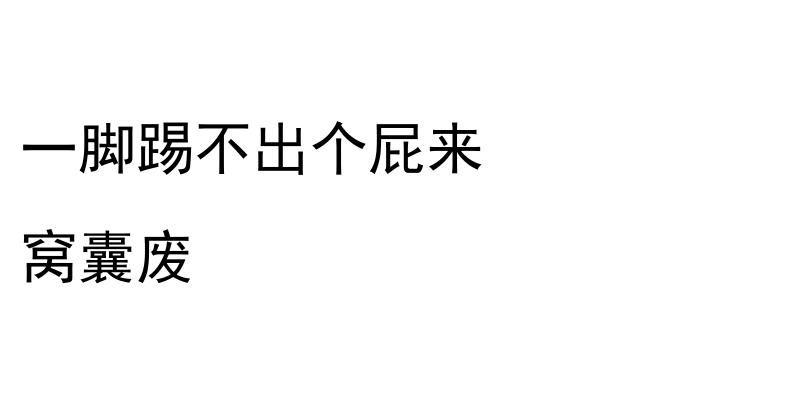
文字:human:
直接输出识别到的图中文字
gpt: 一脚踢不出个屁来 窝囊废